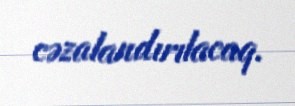
cəzalandırılacaq.